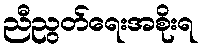
ညီညွတ်ရေးအစိုးရ